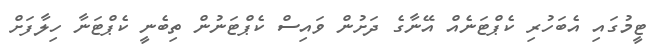
ޓީމުގައި އެބަހުރި ކެޕްޓަނެއް އޭނާގެ ދަށުން ވައިސް ކެޕްޓަނުން ތިބެނީ ކެޕްޓަނާ ހިލާފަށް